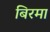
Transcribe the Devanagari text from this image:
बिरमा